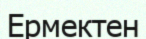
Ермектен